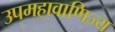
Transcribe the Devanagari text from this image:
उपमहावाणिज्य